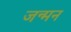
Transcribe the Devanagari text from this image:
जन्मन